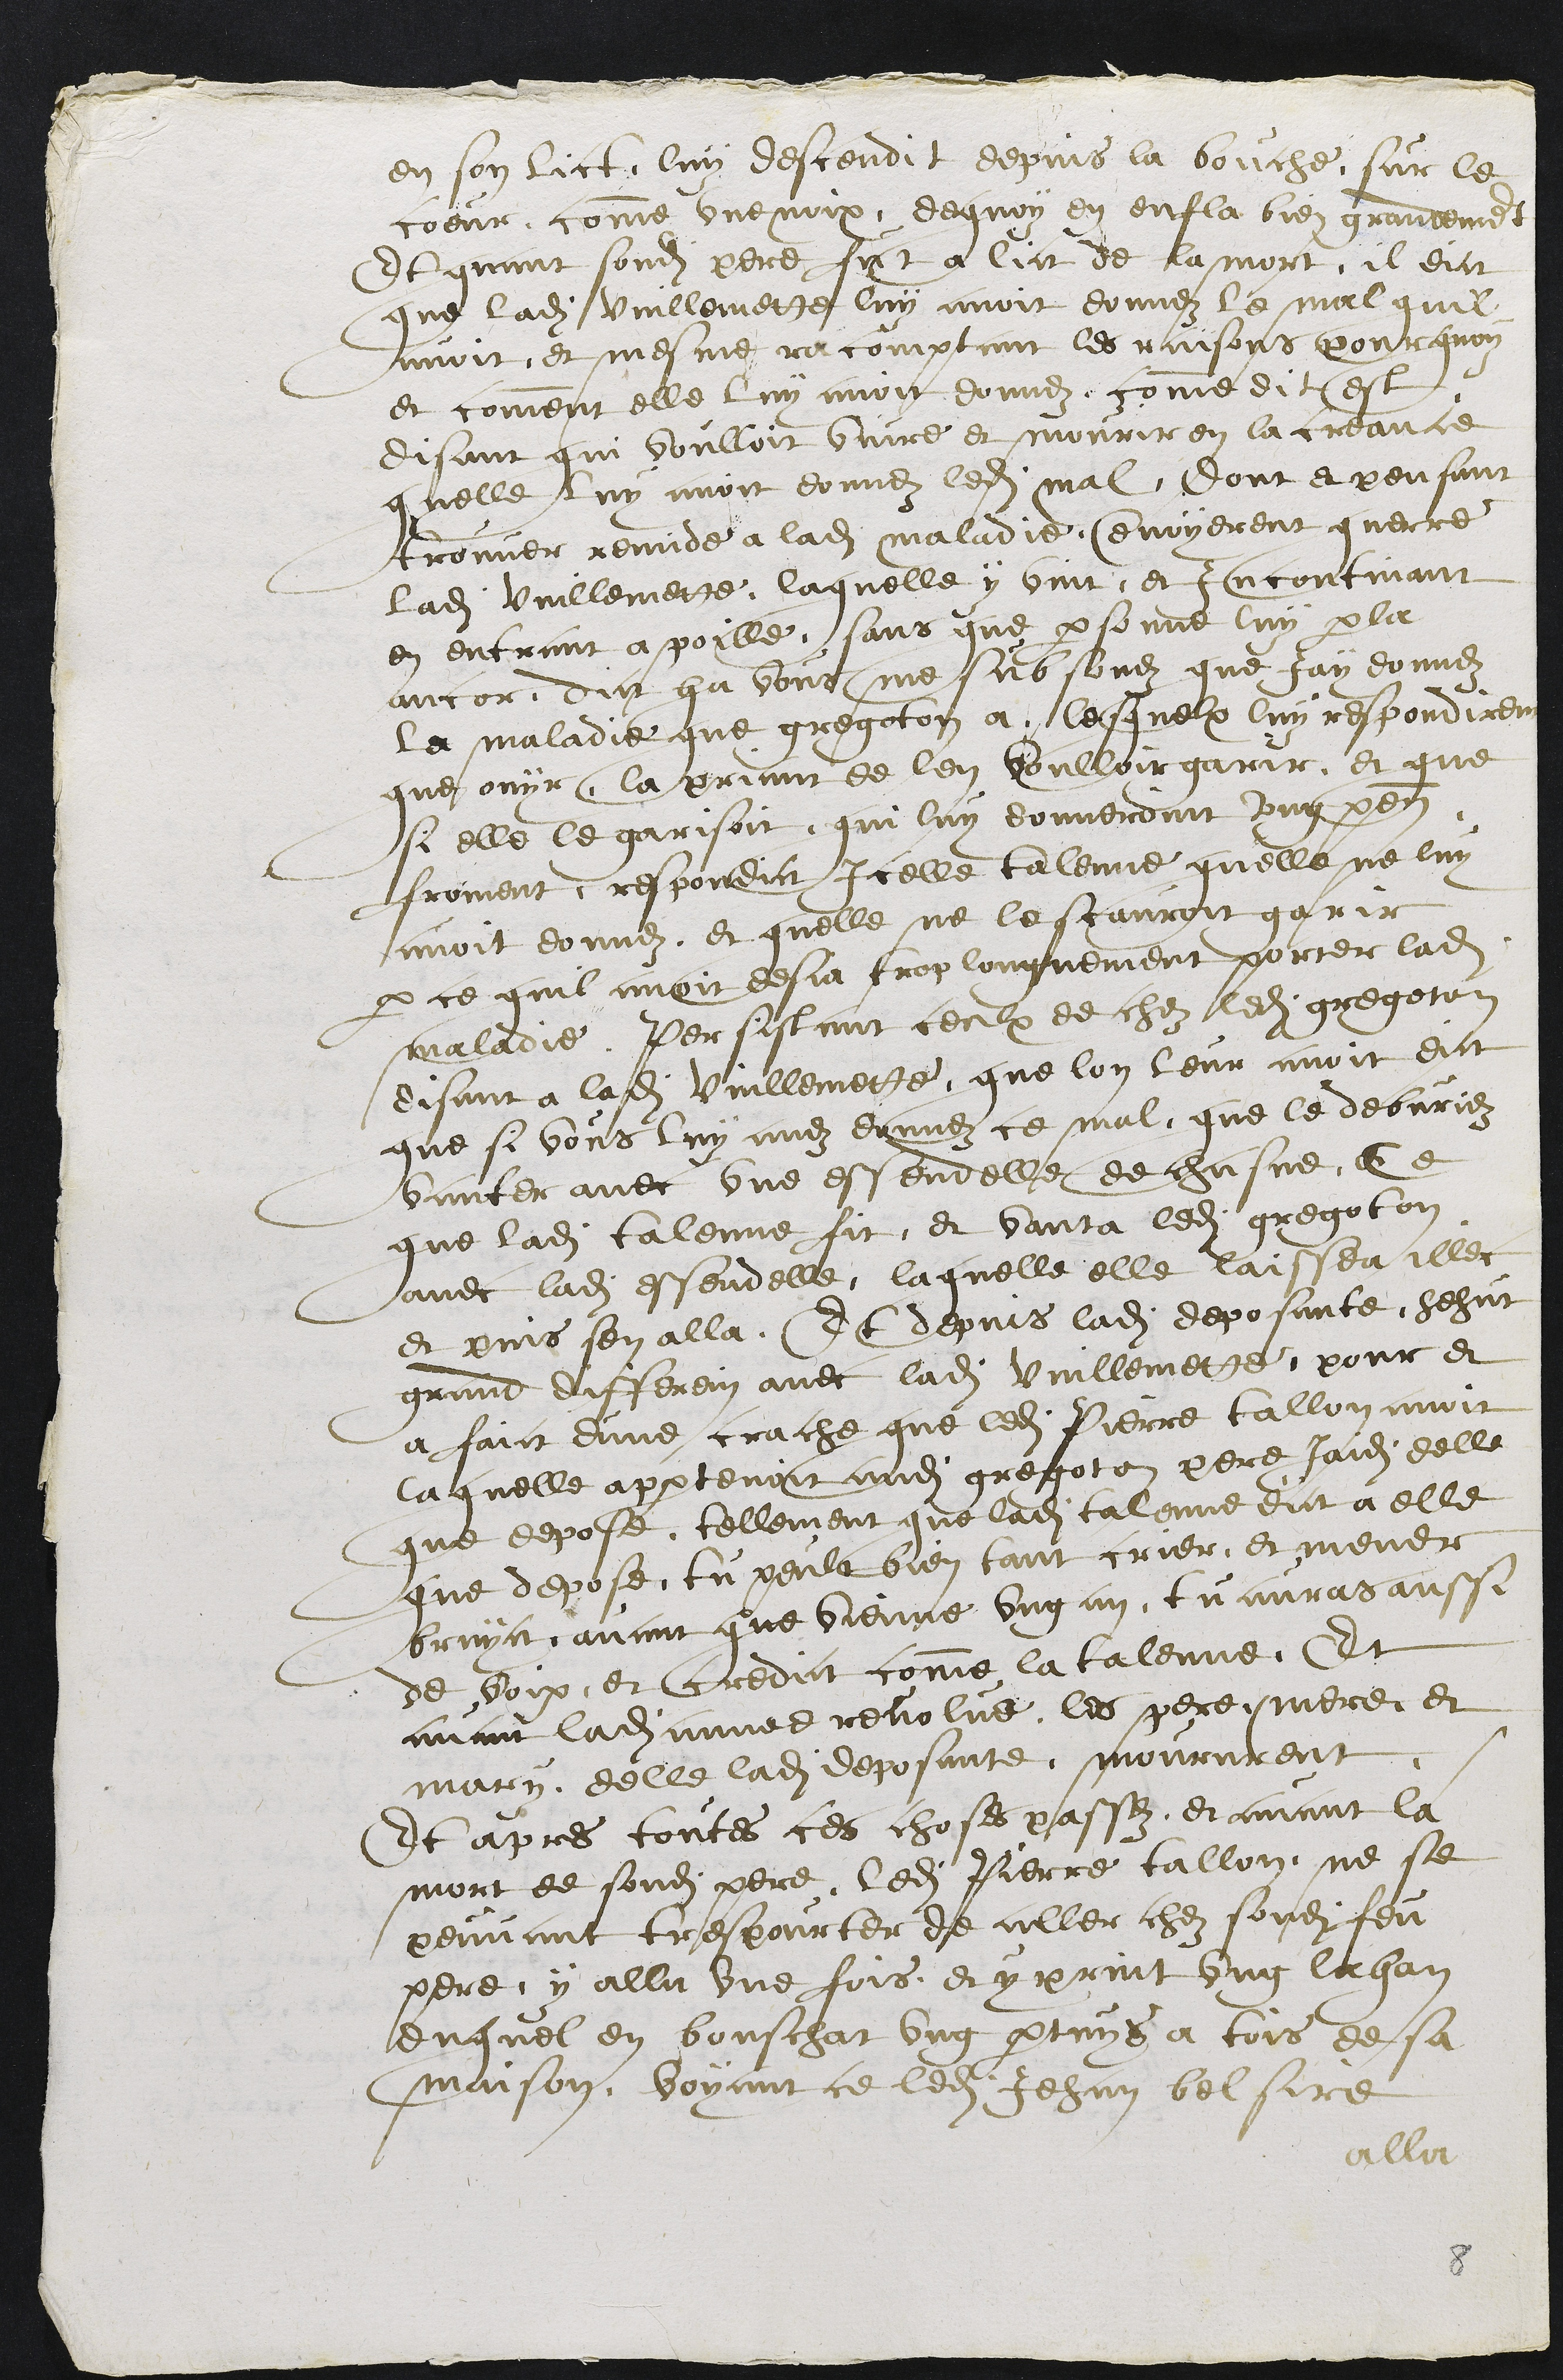
en son lict, luy descendit depuis la bouche, sur le
coeur, comme une noix, dequoy en enfla bien grandement
Et quant sondit pere fut a lict de la mort, il dict
que ladite vuillemette luy avoit donnez le mal quil
avoit et mesme racomptant les raisons pourquoy
et comment elle luy avoit donnez, comme dit est
disant qui voulloit vivre et mourir en la creance
quelle luy avoit donnez ledit mal, dont et pensant
trouver remide a ladite maladie envoyerent querre
ladite Vuillemette, laquelle y vint, et Incontinant
en entrant a poille, sans que personne luy parla
ancor dict ha vous me subsonez que Jay donnez
la maladie que gregoton a, lesquelx luy respondirent
que ouyr, la priant de len voulloir garir, et que
si elle le garisoit, qui luy donneroint ung pennal
froment, respondict Icelle taleme quelle ne luy
avoit donnez et quelle ne le scauroit garir
par ce quil avoit desja trop longuement porter ladite
maladie. Persistant ceulx de chez ledit gregoton
disant a ladite Vuillemette, que lon leur avoit dict
que si vous luy avez donnez ce mal, que le debvriez
vanter avec une essendelle de chasne. Ce
que ladite Talenne fit, et vanta ledit gregoton
avec ladite essendelle, laquelle elle laissea illec
et puis sen alla. Et depuis ladite deposante hehut
grand differein avec ladite vuillemette, pour et
a faict dune crache que ledit Pierre tallon avoit
laquelle appartenoit audit gregoton pere Jaidis delle
que depose, tellement que ladite talonne dict a elle
que depose tu peult bien tant crier, et mener
bruyct, avant que vienne ung an tu auras aussi
de voix, et credict comme la talenne, Et
avant ladite annee revolue, les pere et mere et
mary delle ladite deposante moururent.
Et apres toutes ces choses passez, et avant la
mort de sondit pere, ledit Pierre tallon ne se
peuvant trespourter de aller chez sondit feu
pere y alla une fois et y print ung lahon
duquel en bouschat ung pertuys a tois de sa
maison voyant ce ledit Jehan belsire
alla